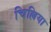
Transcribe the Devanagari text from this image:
चिल्लिया